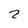
Character: 2